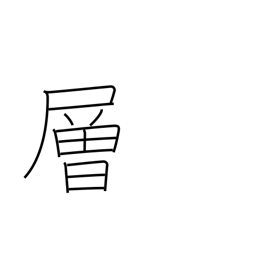
Meaning: story